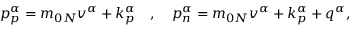
p _ { p } ^ { \alpha } = m _ { 0 N } v ^ { \alpha } + k _ { p } ^ { \alpha } ~ ~ ~ , ~ ~ ~ p _ { n } ^ { \alpha } = m _ { 0 N } v ^ { \alpha } + k _ { p } ^ { \alpha } + q ^ { \alpha } ,